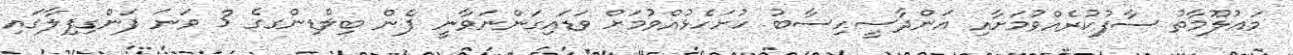
މަޢުލޫމާތު ސާފުކުރެއްވުމަށާއި އަންދާސީހިސާބު ހުށަހެޅުއްވުމަށް ވަޑައިގަންނަވާނީ ފެން ބިލްޑިންގގެ 3 ވަނަ ފަންގިފިލާގައި